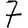
Digit: 7